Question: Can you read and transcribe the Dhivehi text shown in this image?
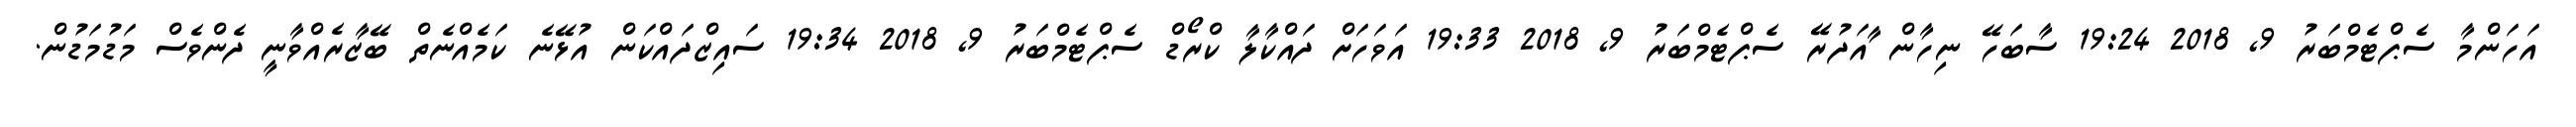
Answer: އަހަންމާ ސެޕްޓެމްބަރު 9, 2018 19:24 ސާބަހޭ ނިހާން ާއަދުރޭ ސެޕްޓެމްބަރު 9, 2018 19:33 އަވަހަށް ދައްކާލާ ކްރޯޑް ސެޕްޓެމްބަރު 9, 2018 19:34 ސައިޒްދައްކަން އުޅޭނެ ކަމެއްނެތް ބޭޒާރެއްވާނީ ދެންވެސް މަޑުމަޑުން.